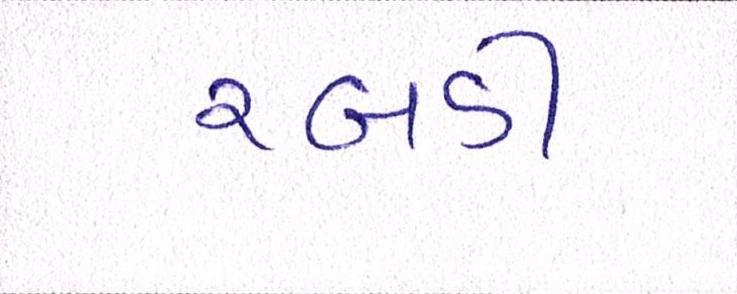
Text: રબડી